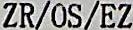
ZR/OS/EZ